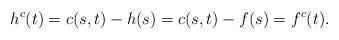
LaTeX: \begin{align*}h^c(t)=c(s,t)-h(s)=c(s,t)-f(s)=f^c (t).\end{align*}